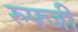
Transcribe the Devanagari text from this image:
रुफ्जी